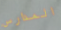
المدارس